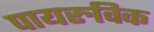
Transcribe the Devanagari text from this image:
पायरुविक